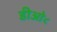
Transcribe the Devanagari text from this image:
डीओ८